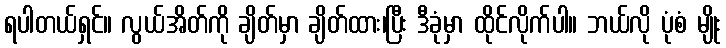
ရပါတယ်ရှင်။ လွယ်အိတ်ကို ချိတ်မှာ ချိတ်ထား၊ပြီး ဒီခုံမှာ ထိုင်လိုက်ပါ။ ဘယ်လို ပုံစံ မျိုး